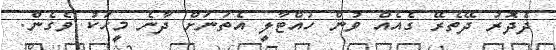
ދެދޮރު ދޭތެރޭ ގެއެއް ވުން ހުއްޓާލީ އެތަނަށް ދާނެ މީހަކު ވެގެން.